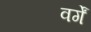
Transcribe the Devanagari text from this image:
वर्गें